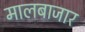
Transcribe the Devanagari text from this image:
मालबाजार